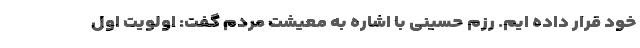
خود قرار داده ایم. رزم حسینی با اشاره به معیشت مردم گفت: اولویت اول